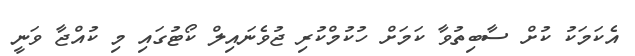
އެކަމަކު ކުށް ސާބިތުވާ ކަމަށް ހުކުމްކުރި ޖުވެނައިލް ކޯޓުގައި މި ކުއްޖާ ވަނީ